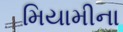
મિયામીના